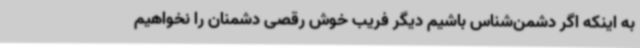
به اینکه اگر دشمن‌شناس باشیم دیگر فریب خوش رقصی دشمنان را نخواهیم